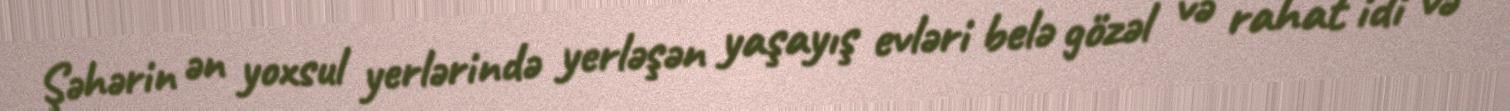
Şəhərin ən yoxsul yerlərində yerləşən yaşayış evləri belə gözəl və rahat idi və